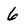
Character: 6